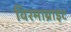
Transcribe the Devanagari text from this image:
विरमाब्राइट